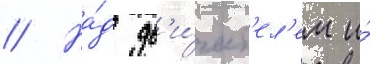
// На́д дв'и́гат'ел'ем и́